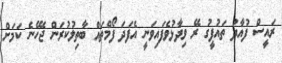
ރައީސް ފުއާދު ތައުފީގު ރޭ ވިދާޅުވެފައިވަނީ އެފަދަ ފޯމްތައް ބާތިލުކުރަން ޖެހޭނެ ކަމަށް